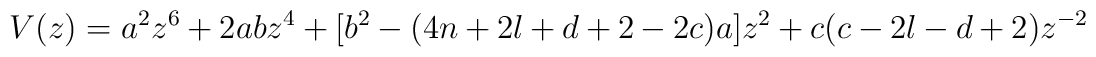
V(z) = a^2z^6 + 2abz^4 + [b^2 - (4n+2l+d+2-2c)a]z^2 +c(c-2l-d+2)z^{-2}